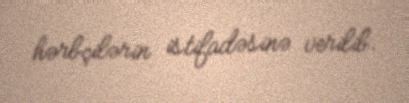
hərbçilərin istifadəsinə verilib.